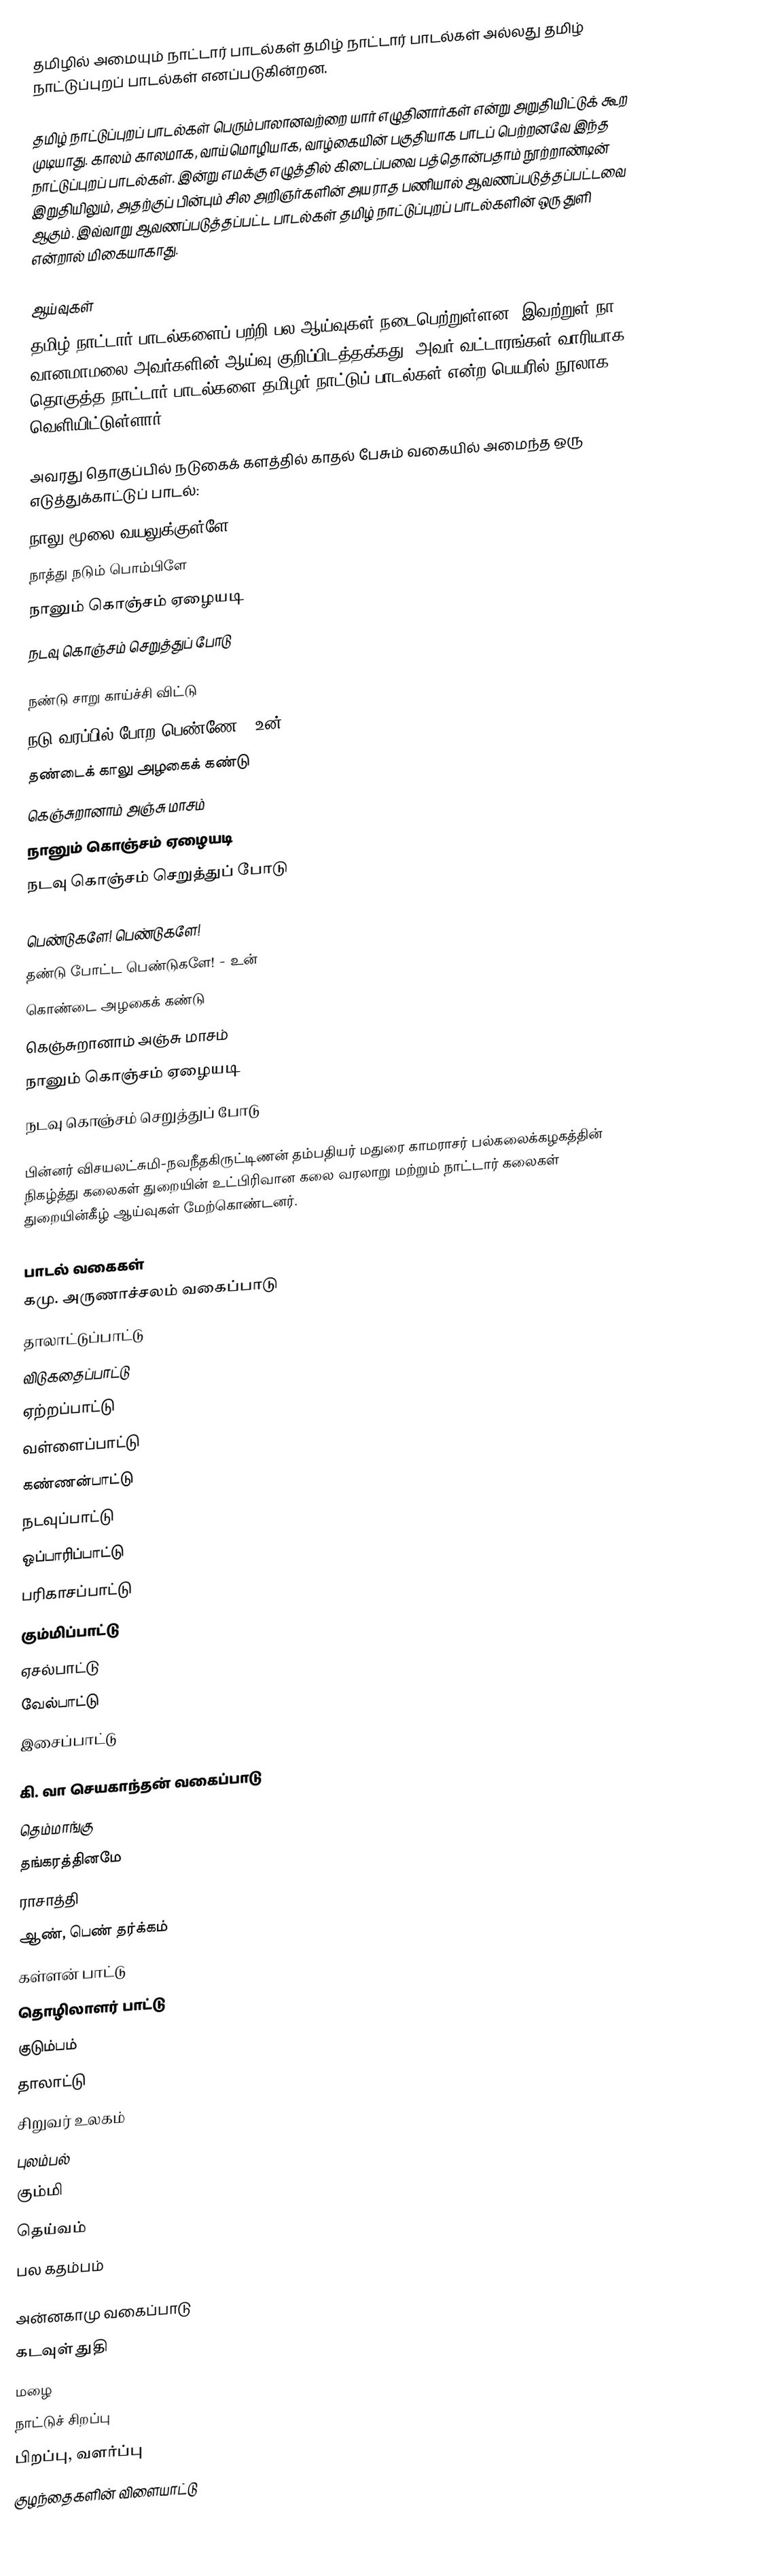
தமிழில் அமையும் நாட்டார் பாடல்கள் தமிழ் நாட்டார் பாடல்கள் அல்லது தமிழ் நாட்டுப்புறப் பாடல்கள் எனப்படுகின்றன.

தமிழ் நாட்டுப்புறப் பாடல்கள் பெரும்பாலானவற்றை யார் எழுதினார்கள் என்று அறுதியிட்டுக் கூற முடியாது.  காலம் காலமாக, வாய்மொழியாக, வாழ்கையின் பகுதியாக பாடப் பெற்றனவே இந்த நாட்டுப்புறப் பாடல்கள்.  இன்று எமக்கு எழுத்தில் கிடைப்பவை பத்தொன்பதாம் நூற்றாண்டின் இறுதியிலும், அதற்குப் பின்பும் சில அறிஞர்களின் அயராத பணியால் ஆவணப்படுத்தப்பட்டவை ஆகும்.  இவ்வாறு ஆவணப்படுத்தப்பட்ட பாடல்கள் தமிழ் நாட்டுப்புறப் பாடல்களின் ஒரு துளி என்றால் மிகையாகாது.

ஆய்வுகள்
தமிழ் நாட்டார் பாடல்களைப் பற்றி பல ஆய்வுகள் நடைபெற்றுள்ளன. இவற்றுள் நா. வானமாமலை அவர்களின் ஆய்வு குறிப்பிடத்தக்கது. அவர் வட்டாரங்கள் வாரியாக தொகுத்த நாட்டார் பாடல்களை தமிழர் நாட்டுப் பாடல்கள் என்ற பெயரில் நூலாக வெளியிட்டுள்ளார்.

அவரது தொகுப்பில் நடுகைக் களத்தில் காதல் பேசும் வகையில் அமைந்த ஒரு எடுத்துக்காட்டுப் பாடல்:
 நாலு மூலை வயலுக்குள்ளே
 நாத்து நடும் பொம்பிளே
 நானும் கொஞ்சம் ஏழையடி
 நடவு கொஞ்சம் செறுத்துப் போடு

 நண்டு சாறு காய்ச்சி விட்டு
 நடு வரப்பில் போற பெண்ணே - உன்
 தண்டைக் காலு அழகைக் கண்டு
 கெஞ்சுறானாம் அஞ்சு மாசம்
 நானும் கொஞ்சம் ஏழையடி
 நடவு கொஞ்சம் செறுத்துப் போடு

 பெண்டுகளே! பெண்டுகளே!
 தண்டு போட்ட பெண்டுகளே! - உன்
 கொண்டை அழகைக் கண்டு
 கெஞ்சுறானாம் அஞ்சு மாசம்
 நானும் கொஞ்சம் ஏழையடி
 நடவு கொஞ்சம் செறுத்துப் போடு

பின்னர் விசயலட்சுமி-நவநீதகிருட்டிணன் தம்பதியர் மதுரை காமராசர் பல்கலைக்கழகத்தின் நிகழ்த்து கலைகள் துறையின் உட்பிரிவான கலை வரலாறு மற்றும் நாட்டார் கலைகள் துறையின்கீழ் ஆய்வுகள் மேற்கொண்டனர்.

பாடல் வகைகள்
கமு. அருணாச்சலம் வகைப்பாடு
 தாலாட்டுப்பாட்டு
 விடுகதைப்பாட்டு
 ஏற்றப்பாட்டு
 வள்ளைப்பாட்டு
 கண்ணன்பாட்டு
 நடவுப்பாட்டு
 ஒப்பாரிப்பாட்டு
 பரிகாசப்பாட்டு
 கும்மிப்பாட்டு
 ஏசல்பாட்டு
 வேல்பாட்டு
 இசைப்பாட்டு

கி. வா செயகாந்தன் வகைப்பாடு
 தெம்மாங்கு
 தங்கரத்தினமே
 ராசாத்தி
 ஆண், பெண் தர்க்கம்
 கள்ளன் பாட்டு
 தொழிலாளர் பாட்டு
 குடும்பம்
 தாலாட்டு
 சிறுவர் உலகம்
 புலம்பல்
 கும்மி
 தெய்வம்
 பல கதம்பம்

அன்னகாமு வகைப்பாடு
 கடவுள் துதி
 மழை
 நாட்டுச் சிறப்பு
 பிறப்பு, வளர்ப்பு
 குழந்தைகளின் விளையாட்டு